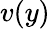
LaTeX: v(y)